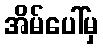
အိမ်ပေါ်မှ